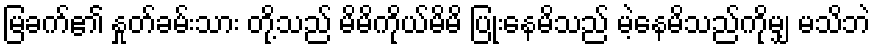
မြခက်၏ နှုတ်ခမ်းသား တို့သည် မိမိကိုယ်မိမိ ပြုံးနေမိသည် မဲ့နေမိသည်ကိုမျှ မသိဘဲ